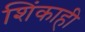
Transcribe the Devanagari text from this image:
शिंकाही